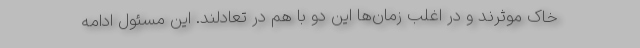
خاک موثرند و در اغلب زمان‌ها این دو با هم در تعادلند. این مسئول ادامه